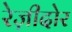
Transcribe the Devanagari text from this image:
रेज़ीदोर